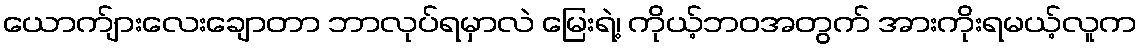
ယောက်ျားလေးချောတာ ဘာလုပ်ရမှာလဲ မြေးရဲ့၊ ကိုယ့်ဘဝအတွက် အားကိုးရမယ့်လူက